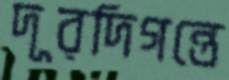
দূরদিগন্তে